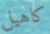
كاهيل